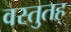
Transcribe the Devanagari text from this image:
वस्तुतह्